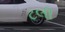
ટલી